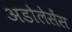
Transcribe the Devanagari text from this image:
अडोलेसेंस